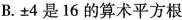
B.±4是16的算术平方根